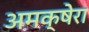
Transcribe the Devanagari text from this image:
अमक्षेरा